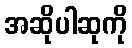
အဆိုပါဆုကို